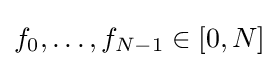
f_{0},\ldots ,f_{N-1}\in [0,N]